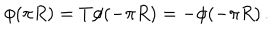
\phi ( \pi R ) = T \phi ( - \pi R ) = - \phi ( - \pi R ) \, .